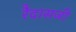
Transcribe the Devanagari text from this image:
रैदासजी